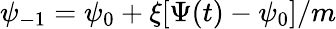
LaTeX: \psi_{-1}=\psi_{0}+\xi[\Psi(t)-\psi_{0}]/m